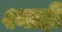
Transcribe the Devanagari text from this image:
श्याही